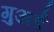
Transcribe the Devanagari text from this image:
गुअर्ड